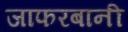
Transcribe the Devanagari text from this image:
जाफरबानी